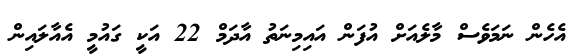
އެހެން ނަމަވެސް މާލެއަށް އުފަން އައިމިނަތު އާދަމް 22 އަކީ ގައުމީ އެއާލައިން